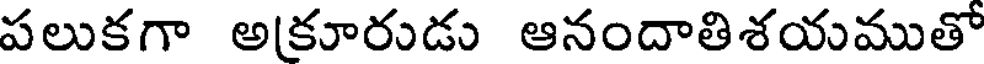
పలుకగా అకూరుడు ఆనందాతిశయముతో